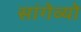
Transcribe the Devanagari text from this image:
सांगेव्यो